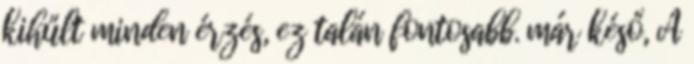
kihűlt minden érzés, ez talán fontosabb. már késő, A